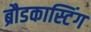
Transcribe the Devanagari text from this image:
ब्रौडकास्टिंग